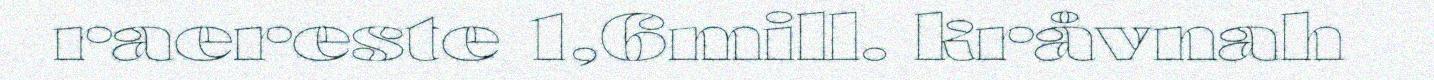
raereste 1,6mill. kråvnah